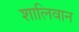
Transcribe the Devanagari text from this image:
शालिवान